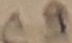
Text: C9